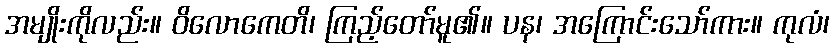
အမျိုးကိုလည်း။ ဝိလောကေတိ၊ ကြည့်တော်မူ၏။ ပန၊ အကြောင်းသော်ကား။ ကုလံ၊